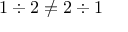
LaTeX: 1 \div 2 \neq 2 \div 1